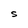
Character: S